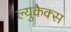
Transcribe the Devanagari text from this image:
ल्युकैक्स